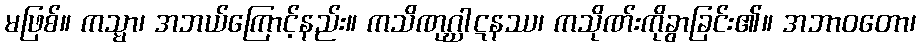
မဖြစ်။ ကသ္မာ၊ အဘယ်ကြောင့်နည်း။ ကသိဏုဂ္ဃါဋနဿ၊ ကသိုဏ်းကိုခွာခြင်း၏။ အဘာဝတော၊